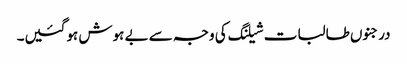
درجنوں طالبات شیلنگ کی وجہ سے بے ہوش ہوگئیں۔